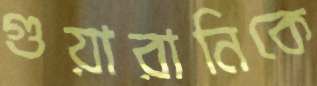
গুয়ারানিকে